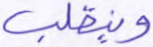
وينقلب